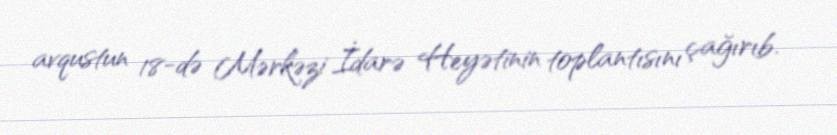
avqustun 18-də Mərkəzi İdarə Heyətinin toplantısını çağırıb.